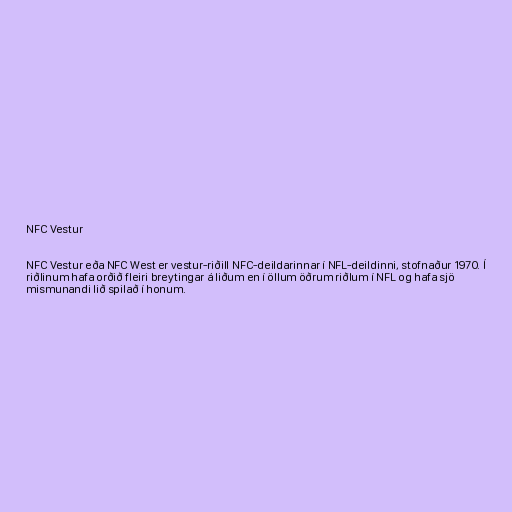
NFC Vestur

NFC Vestur eða NFC West er vestur-riðill NFC-deildarinnar í NFL-deildinni, stofnaður 1970. Í
riðlinum hafa orðið fleiri breytingar á liðum en í öllum öðrum riðlum í NFL og hafa sjö
mismunandi lið spilað í honum.